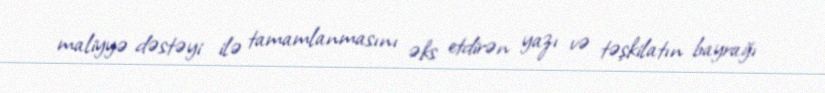
maliyyə dəstəyi ilə tamamlanmasını əks etdirən yazı və təşkilatın bayrağı